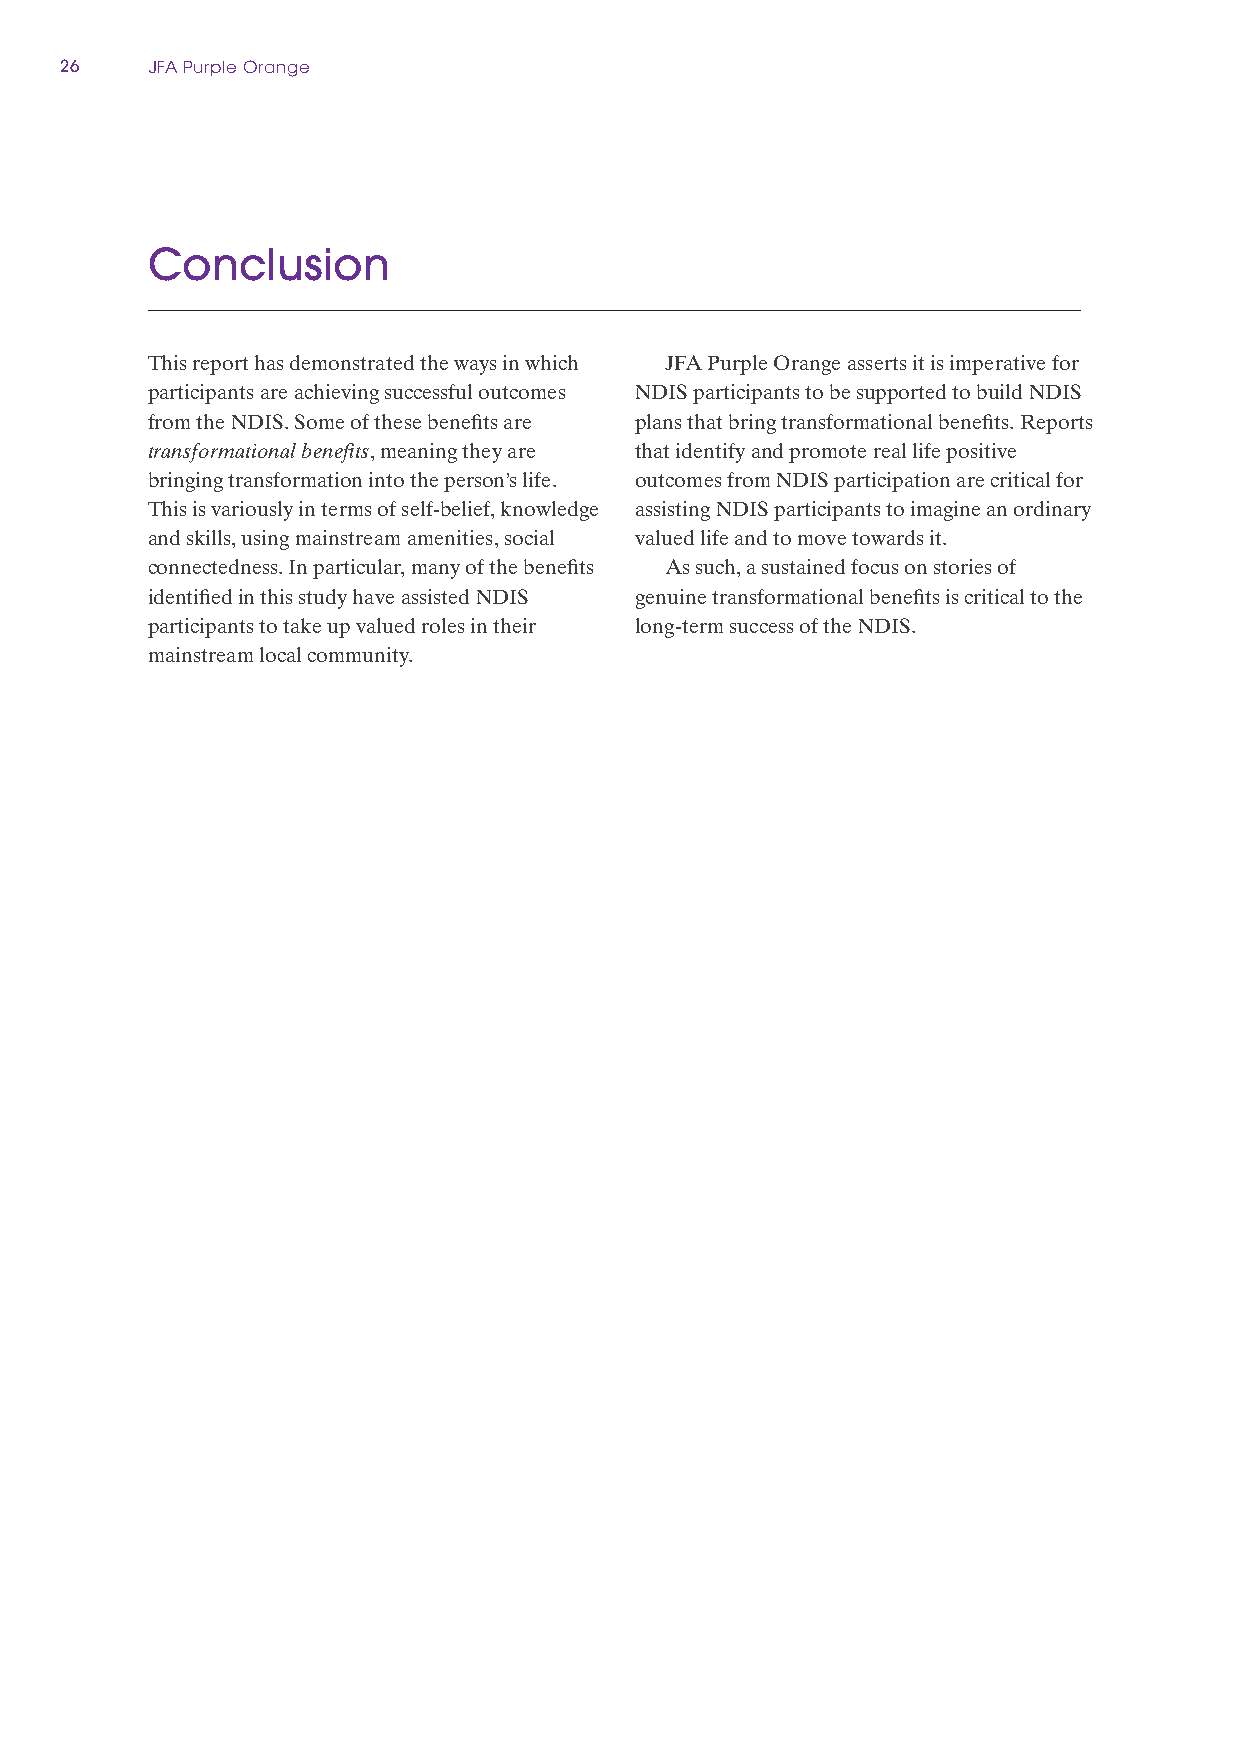
26    JFA Purple Orange
 Conclusion
 This report has demonstrated the ways in which JFA Purple Orange asserts it is imperative for
 participants are achieving successful outcomes NDIS participants to be supported to build NDIS
 from the NDIS. Some of these benefits are plans that bring transformational benefits. Reports
 transformational benefits, meaning they are that identify and promote real life positive
 bringing transformation into the person’s life. outcomes from NDIS participation are critical for
 This is variously in terms of self‑belief, knowledge assisting NDIS participants to imagine an ordinary
 and skills, using mainstream amenities, social valued life and to move towards it.
 connectedness. In particular, many of the benefits As such, a sustained focus on stories of
 identified in this study have assisted NDIS genuine transformational benefits is critical to the
 participants to take up valued roles in their long‑term success of the NDIS.
 mainstream local community.